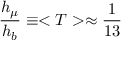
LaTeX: \frac { h _ { \mu } } { h _ { b } } \equiv < T > \approx \frac { 1 } { 1 3 }